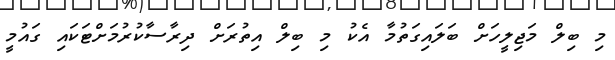
މި ބިލް މަޖިލީހަށް ބަލައިގަތުމާ އެކު މި ބިލް އިތުރަށް ދިރާސާކުރުމަށްޓަކައި ގައުމީ